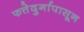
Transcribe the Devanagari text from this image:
फत्तेदुर्गापासून